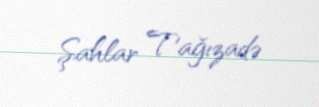
Şahlar Tağızadə